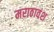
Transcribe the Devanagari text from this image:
मराठावंश